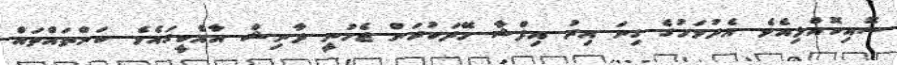
ސޮއިކޮއްލިއެވެ. އެދުވަހުގެ ގިނަ އިރު އިފްޝާ ހޭދަކުރަން ޖެހުނީ ދާނިޝް އާއެކީގައެވެ. ކަންތައްތައް